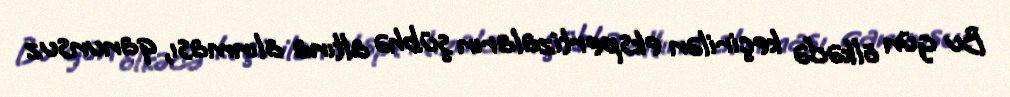
Bu gün ölkədə keçirilən ekspertizaların şübhə altına alınması, qanunsuz